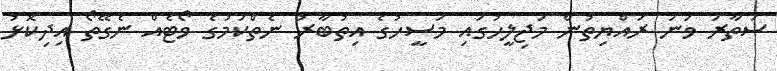
ސަތާރަ ވަނަ ރައްޔިތުން މަޖިލީހުގައި މަސީހުގެ އިތުބާރު ނެތްކަމުގެ ވޯޓެއް ނެގޭތޯ އިދިކޮޅު